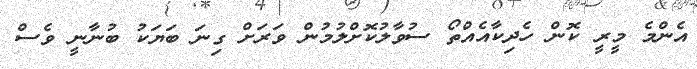
އެންމެ މީރީ ކޮން ހެދިކާއެއްތޯ ސުވާލުކޮށްލުމުން ވަރަށް ގިނަ ބަޔަކު ބުނާނީ ވެސް